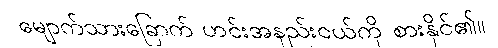
မျောက်သားခြောက် ဟင်းအနည်းငယ်ကို စားနိုင်၏။